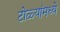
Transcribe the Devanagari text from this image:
टोळ्यांमध्ये